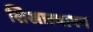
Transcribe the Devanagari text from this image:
शिखास्थापन